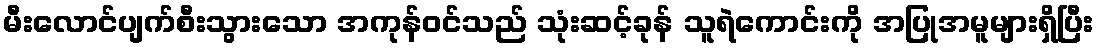
မီးလောင်ပျက်စီးသွားသော အကုန်ဝင်သည် သုံးဆင့်ခုန် သူရဲကောင်းကို အပြုအမူများရှိပြီး